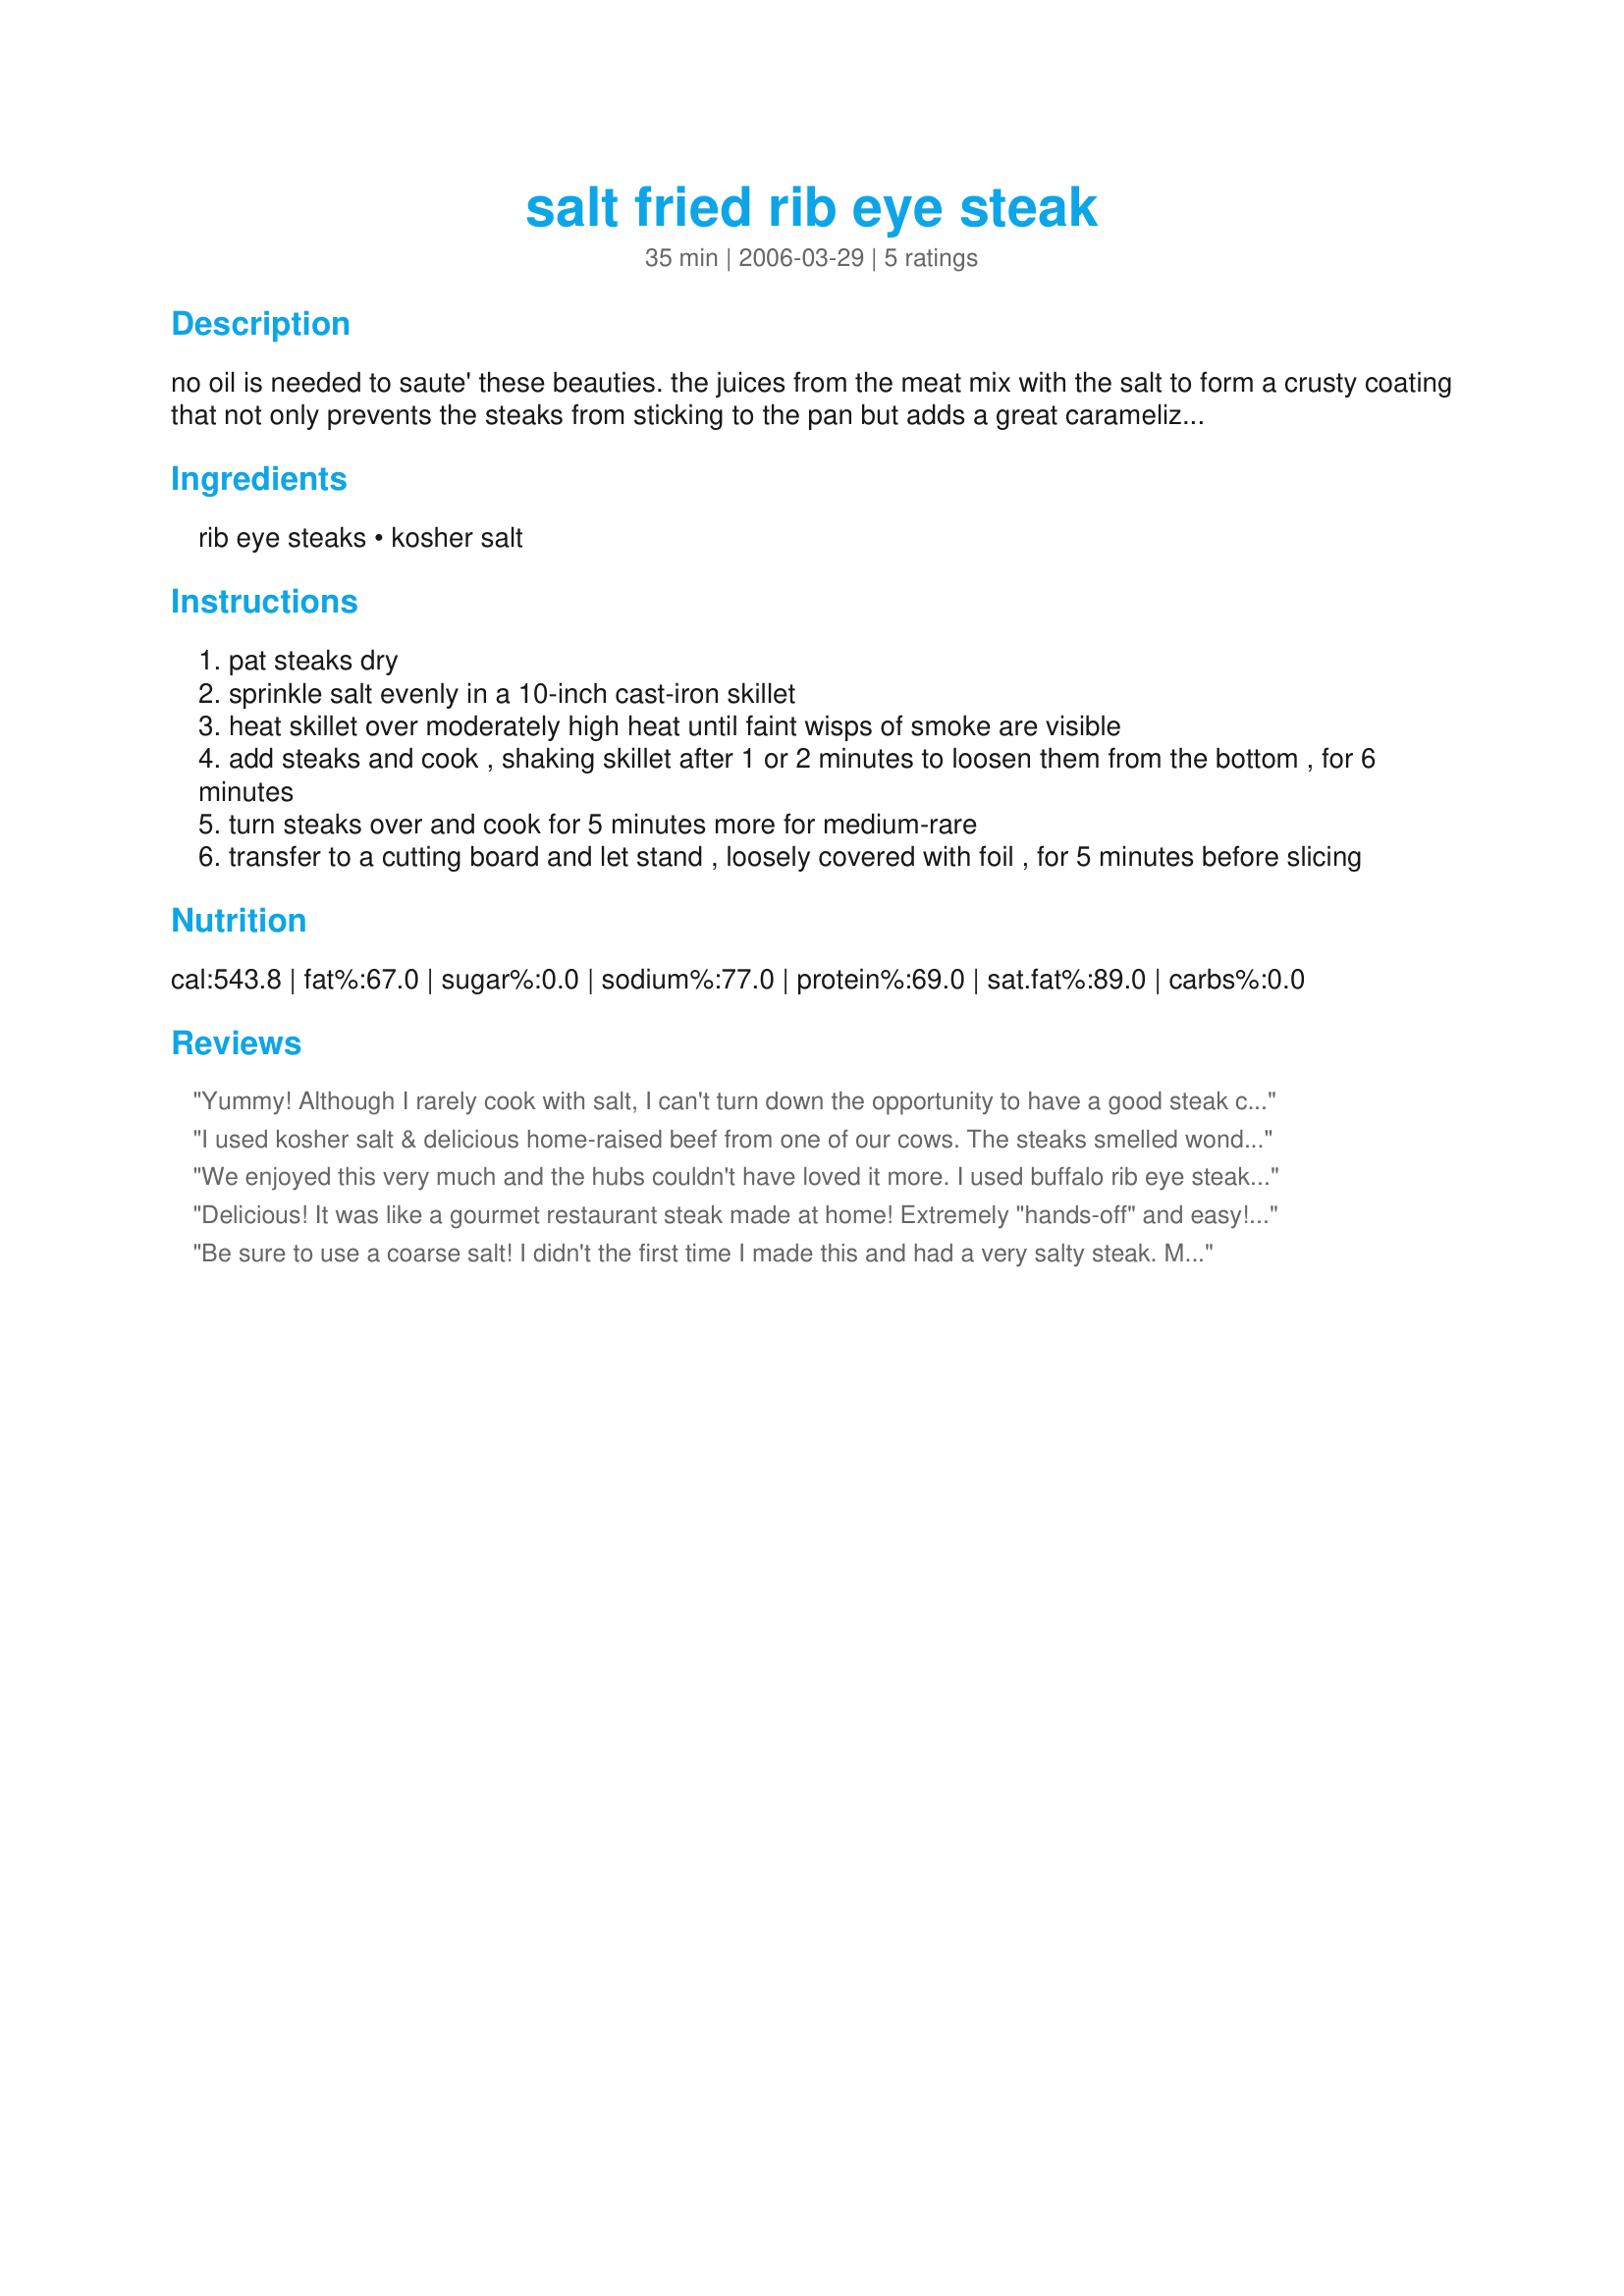
salt fried rib eye steak
Preparation time: 35 minutes

no oil is needed to saute' these beauties. the juices from the meat mix with the salt to form a crusty coating that not only prevents the steaks from sticking to the pan but adds a great caramelized flavor. gourmet...this same method can be used to cook four 6 ounce hamburgers (1 1/4 inch thick)using 2 teaspoons salt

Ingredients:
rib eye steaks, kosher salt

Steps:
pat steaks dry
sprinkle salt evenly in a 10-inch cast-iron skillet
heat skillet over moderately high heat until faint wisps of smoke are visible
add steaks and cook , shaking skillet after 1 or 2 minutes to loosen them from the bottom , for 6 minutes
turn steaks over and cook for 5 minutes more for medium-rare
transfer to a cutting board and let stand , loosely covered with foil , for 5 minutes before slicing

Reviews:
Yummy! Although I rarely cook with salt, I can't turn down the opportunity to have a good steak cooked with kosher salt. This was really simple and really delicious. Thanks JoJoStar for a nice keeper. Made for Zaar Alphabet Chef Soup Tag.
I used kosher salt & delicious home-raised beef from one of our cows. The steaks smelled wonderful while they were cooking & looked good when they were done & had rested. Perhaps I used too much kosher salt because they were too salty for my taste! I don't cook with much salt but we eat some prepared foods with higher salt content. Wish they had turned out more to our liking:( Hope it turns out better for you if you try the recipe!
We enjoyed this very much and the hubs couldn't have loved it more. I used buffalo rib eye steaks. I personally found the end result saltier than I prefer, but found the method to be speedy and easy. I did use course kosher salt, but I think I may use less than called for next time. I also served it with a compound butter I mixed up using 2 T butter, 2 t minced garlic, 1/4 t course ground pepper and a palmful of grated parmesean cheese. Yum. Thanks for posting.
Delicious! It was like a gourmet restaurant steak made at home! Extremely "hands-off" and easy! I will definitely save this recipe!
Be sure to use a coarse salt! I didn't the first time I made this and had a very salty steak. Made properly this results in a very juicy, flavorful steak.
